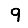
Digit: 9